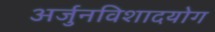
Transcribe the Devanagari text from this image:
अर्जुनविशादयोग